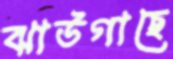
ঝাউগাছে